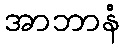
အာဘာနံ